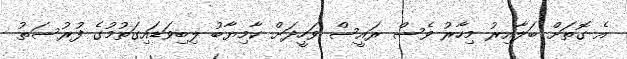
އެ ގޮތަށް ބަލާއިރު މިހާރު ވެސް ރައީސް ވަހީދަށް ކާމިޔާބު ލިބިވަޑައިގަތުމުގެ ފުރުސަތު